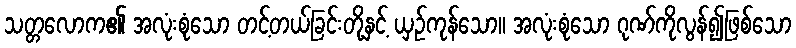
သတ္တလောက၏ အလုံးစုံသော တင့်တယ်ခြင်းတို့နှင့် ယှဉ်ကုန်သော။ အလုံးစုံသော ဂုဏ်ကိုလွန်၍ဖြစ်သော